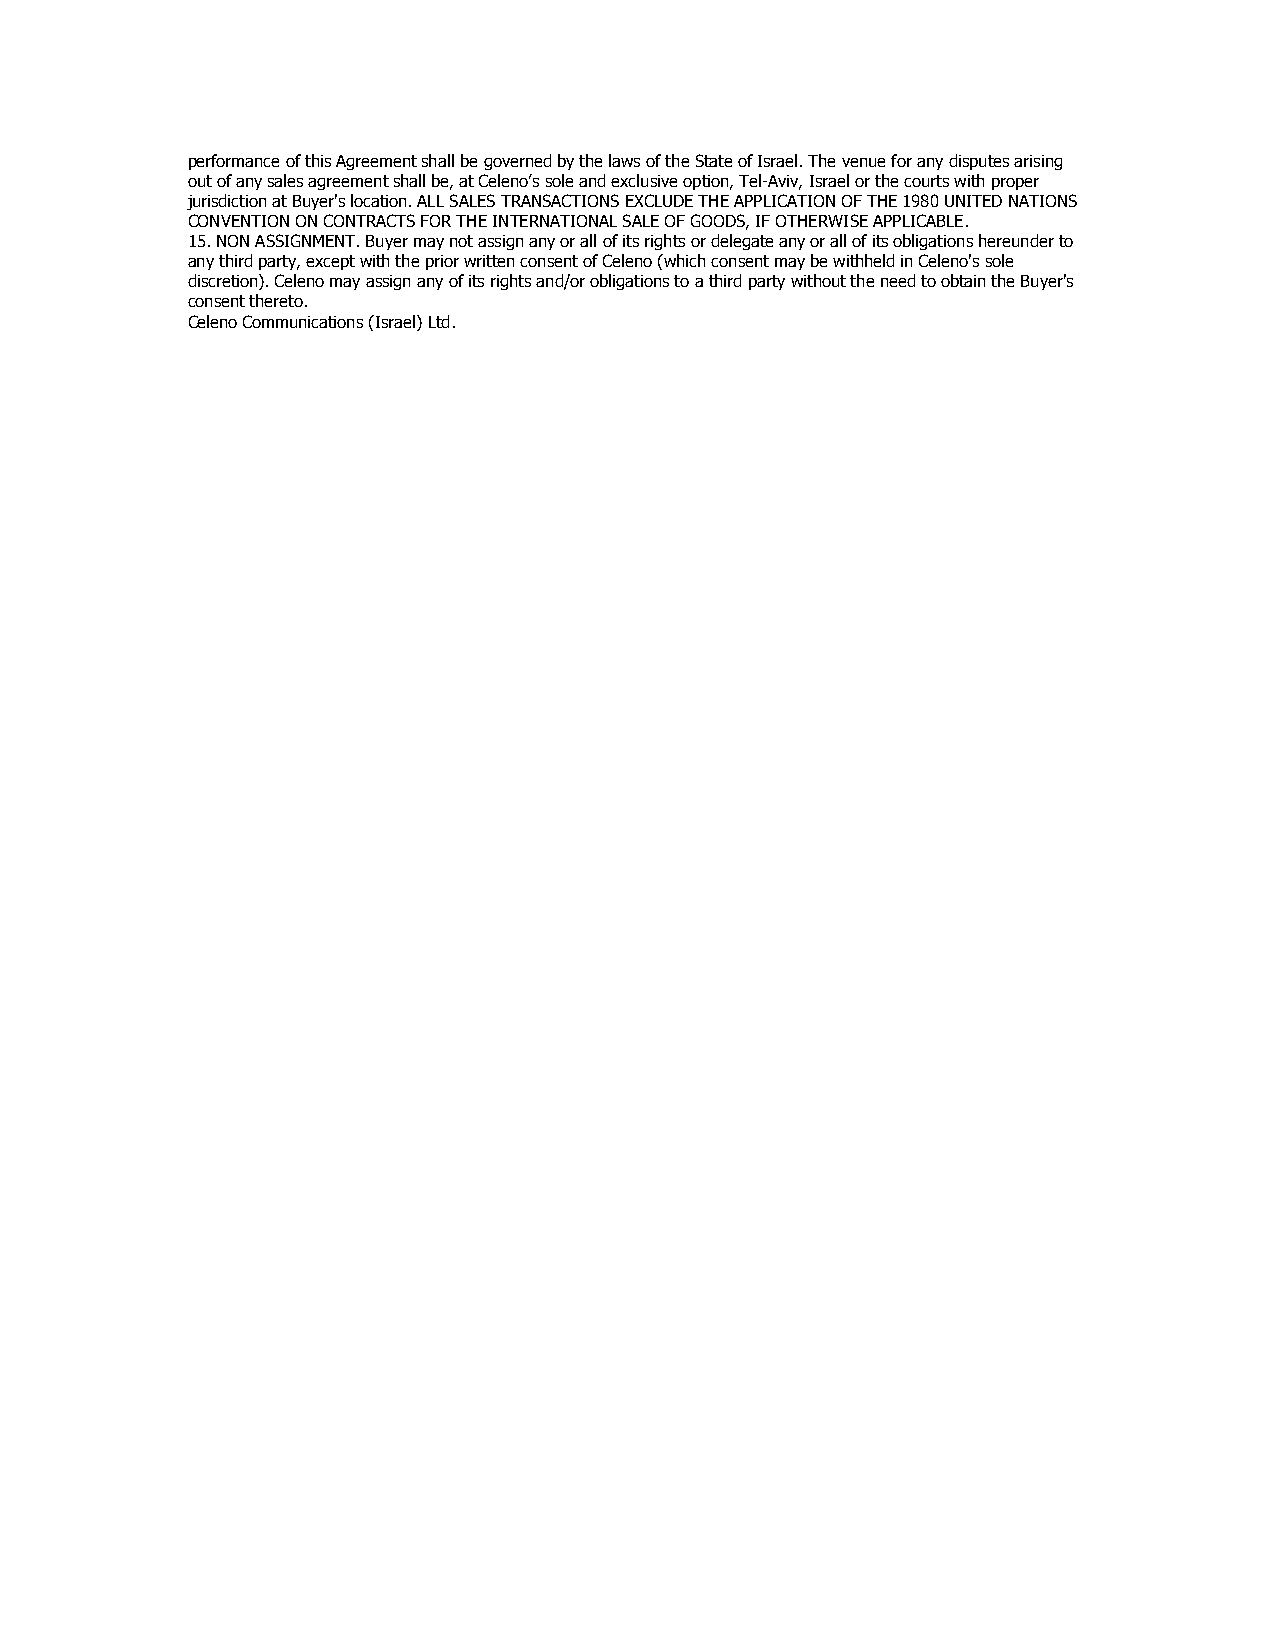
performance of this Agreement shall be governed by the laws of the State of Israel. The venue for any disputes arising
 out of any sales agreement shall be, at Celeno’s sole and exclusive option, Tel-Aviv, Israel or the courts with proper
 jurisdiction at Buyer's location. ALL SALES TRANSACTIONS EXCLUDE THE APPLICATION OF THE 1980 UNITED NATIONS
 CONVENTION ON CONTRACTS FOR THE INTERNATIONAL SALE OF GOODS, IF OTHERWISE APPLICABLE.
 15. NON ASSIGNMENT. Buyer may not assign any or all of its rights or delegate any or all of its obligations hereunder to
 any third party, except with the prior written consent of Celeno (which consent may be withheld in Celeno's sole
 discretion). Celeno may assign any of its rights and/or obligations to a third party without the need to obtain the Buyer's
 consent thereto.
 Celeno Communications (Israel) Ltd.